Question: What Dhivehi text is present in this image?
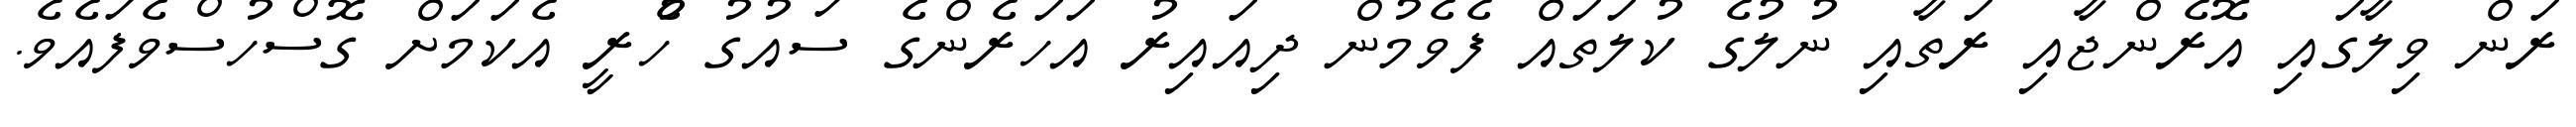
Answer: ރަން ވިލާގައި އޮރެންޖާއި ރަތާއި ނުލުގެ ކުލަތައް ފެވެމުން ދިއައިރު އަހަރެންގެ ސައުގު ހުެރީ އެކަމަށް ގޮސްހުސްވެފައެވެ.